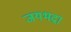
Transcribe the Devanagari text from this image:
जयभद्रा